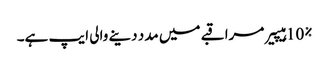
10% ہیپیر مراقبے میں مدد دینے والی ایپ ہے۔